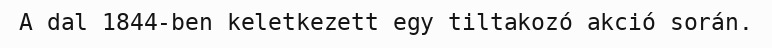
A dal 1844-ben keletkezett egy tiltakozó akció során.